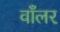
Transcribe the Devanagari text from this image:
वाँलर